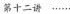
第十二讲 ······